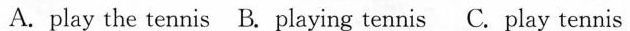
A.play the tennis B. playing tennis C. play tennis